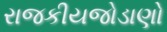
રાજકીયજોડાણો